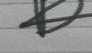
Signature authenticity: forged